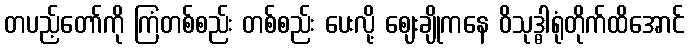
တပည့်တော်ကို ကြံတစ်စည်း တစ်စည်း ပေးလို့ ဈေးချိုကနေ ဝိသုဒ္ဓါရုံတိုက်ထိအောင်